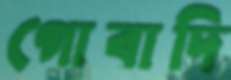
গোবাদি